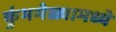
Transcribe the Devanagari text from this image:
कुंभमेळ्यामध्ये